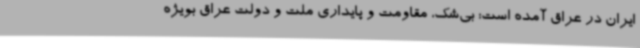
ایران در عراق آمده است: بی‌شک، مقاومت و پایداری ملت و دولت عراق بویژه